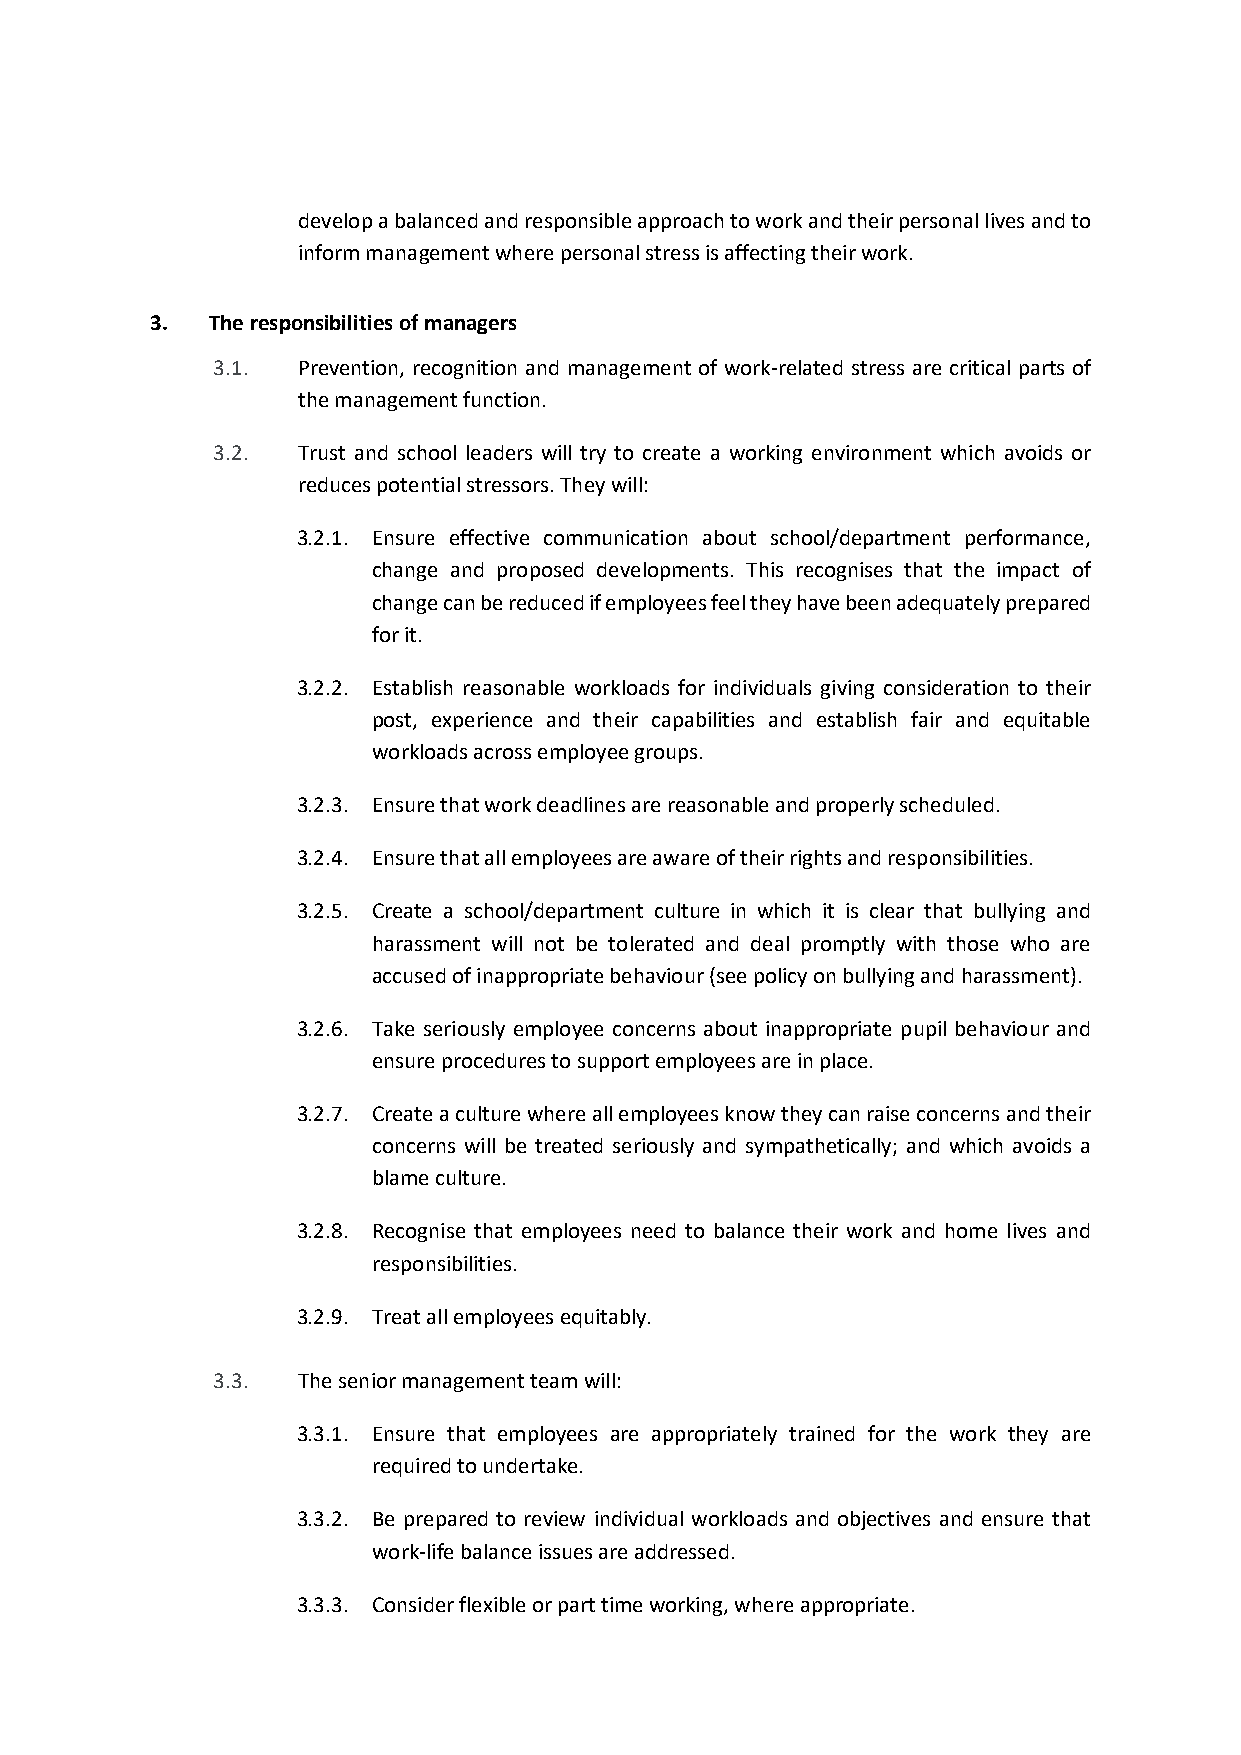
develop a balanced and responsible approach to work and their personal lives and to
 inform management where personal stress is affecting their work.
 3.  The responsibilities of managers
 3.1.  Prevention, recognition and management of work-related stress are critical parts of
 the management function.
 3.2.  Trust and school leaders will try to create a working environment which avoids or
 reduces potential stressors. They will:
 3.2.1. Ensure effective communication about school/department performance,
 change and proposed developments. This recognises that the impact of
 change can be reduced if employees feel they have been adequately prepared
 for it.
 3.2.2. Establish reasonable workloads for individuals giving consideration to their
 post, experience and their capabilities and establish fair and equitable
 workloads across employee groups.
 3.2.3. Ensure that work deadlines are reasonable and properly scheduled.
 3.2.4. Ensure that all employees are aware of their rights and responsibilities.
 3.2.5. Create a school/department culture in which it is clear that bullying and
 harassment will not be tolerated and deal promptly with those who are
 accused of inappropriate behaviour (see policy on bullying and harassment).
 3.2.6. Take seriously employee concerns about inappropriate pupil behaviour and
 ensure procedures to support employees are in place.
 3.2.7. Create a culture where all employees know they can raise concerns and their
 concerns will be treated seriously and sympathetically; and which avoids a
 blame culture.
 3.2.8. Recognise that employees need to balance their work and home lives and
 responsibilities.
 3.2.9. Treat all employees equitably.
 3.3.  The senior management team will:
 3.3.1. Ensure that employees are appropriately trained for the work they are
 required to undertake.
 3.3.2. Be prepared to review individual workloads and objectives and ensure that
 work-life balance issues are addressed.
 3.3.3. Consider flexible or part time working, where appropriate.